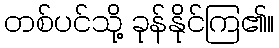
တစ်ပင်သို့ ခုန်နိုင်ကြ၏။